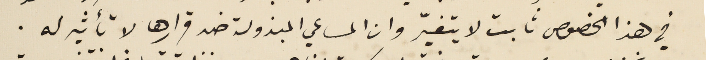
في هذا الخصوص ثابت لا يتغيّر وان المساعي المبذولة ضد قرارها لا تأثير له.